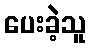
ပေးခဲ့သူ